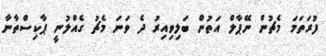
ފުރަތަމަ މެޗުން ނޭޕާލް އަތުން ބަލިވިއިރު ދެ ވަނަ މެޗު ގެއްލުނީ ޕާކިސްތާނާ